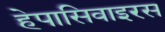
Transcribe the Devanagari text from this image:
हेपासिवाइरस